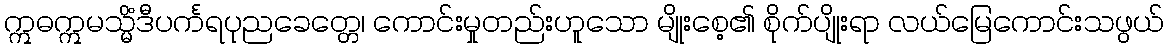
ဣဓဣမသ္မိံဒီပင်္ကရပုညခေတ္တေ၊ ကောင်းမှုတည်းဟူသော မျိုးစေ့၏ စိုက်ပျိုးရာ လယ်မြေကောင်းသဖွယ်